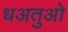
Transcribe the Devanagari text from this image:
धअतुओ